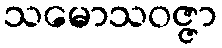
သမောသဝဇ္ဇာ